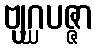
ဗျဂ္ဃပဇ္ဇာ